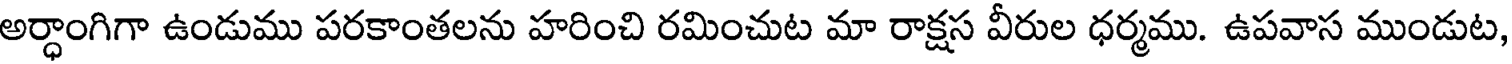
అర్ధాంగిగా ఉండుము పరకాంతలను హరించి రమించుట మా రాక్షస వీరుల ధర్మము. ఉపవాస ముండుట,